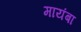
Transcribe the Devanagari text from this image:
मायंबा